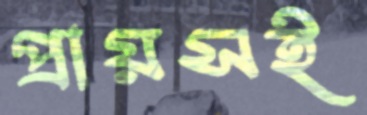
প্রায়সই